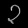
Digit: ၃